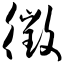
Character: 徵